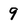
Character: 9